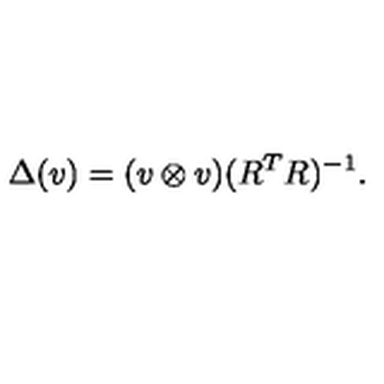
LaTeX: \Delta ( v ) = ( v \otimes v ) ( R ^ { T } R ) ^ { - 1 } .